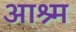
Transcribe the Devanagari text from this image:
आश्र्म